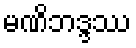
မဏိဘဒ္ဒဿ